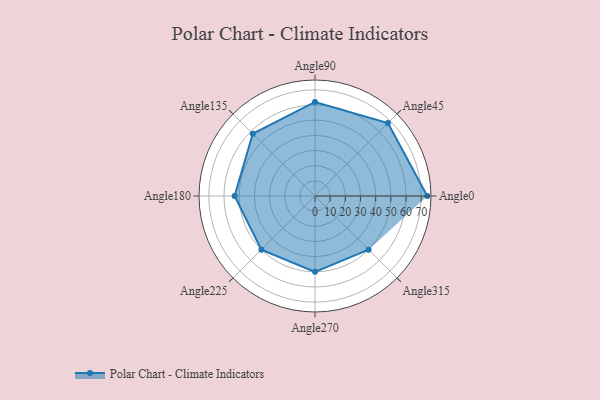
{"axis": {"x": "Angle", "y": "Radius"}, "legend": [""], "data": [{"x": "Angle0", "y": 74.0, "type": ""}, {"x": "Angle45", "y": 68.0, "type": ""}, {"x": "Angle90", "y": 62.0, "type": ""}, {"x": "Angle135", "y": 58.0, "type": ""}, {"x": "Angle180", "y": 53.0, "type": ""}, {"x": "Angle225", "y": 50, "type": ""}, {"x": "Angle270", "y": 50, "type": ""}, {"x": "Angle315", "y": 50, "type": ""}]}